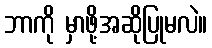
ဘာကို မှာဖို့အဆိုပြုမလဲ။